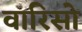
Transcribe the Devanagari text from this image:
वारिसो